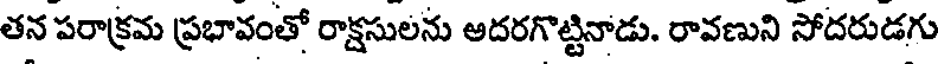
తన పరాక్రమ ప్రభావంతో రాక్షసులను ఆదరగొట్టినాడు. రావణుని సోదరుడగు